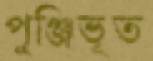
পুঞ্জিভূত